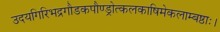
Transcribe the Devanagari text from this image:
उदयगिरिभद्रगौडकपौण्ड्रोत्कलकाषिमेकलाम्बष्ठाः।